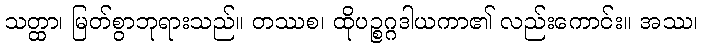
သတ္ထာ၊ မြတ်စွာဘုရားသည်။ တဿစ၊ ထိုပဉ္စဂ္ဂဒါယကာ၏ လည်းကောင်း။ အဿ၊